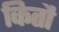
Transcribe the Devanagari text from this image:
कितौ